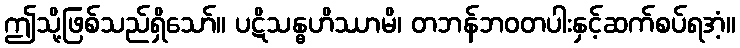
ဤသို့ဖြစ်သည်ရှိသော်။ ပဋိသန္ဓဟိဿာမိ၊ တဘန်ဘဝတပါးနှင့်ဆက်စပ်ရအံ့။